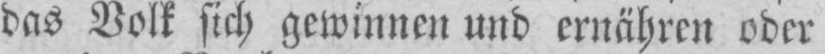
das Volk sich gewinnen und ernähren oder